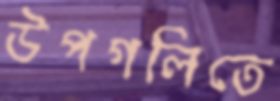
উপগলিতে